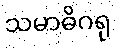
သမာဓိဂရု